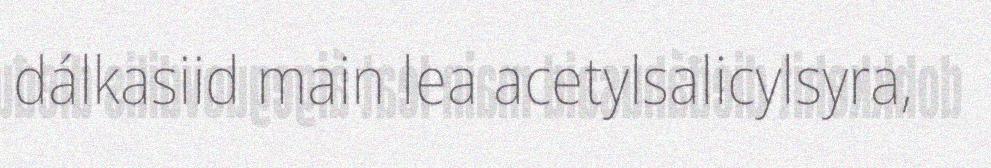
dálkasiid main lea acetylsalicylsyra,